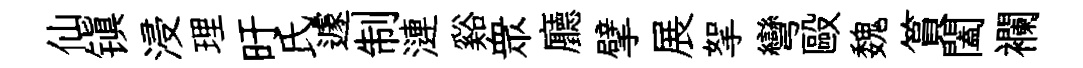
仙镇浸理旴氏遽制漣谿衆廳擘展挐彎毆魏篔闔襴